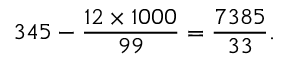
3 4 5 - { \frac { 1 2 \times 1 0 0 0 } { 9 9 } } = { \frac { 7 3 8 5 } { 3 3 } } .